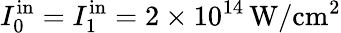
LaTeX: I_{0}^{\mathrm{in}}=I_{1}^{\mathrm{in}}=2\times 10^{14}\, \mathrm{W/cm^{2}}